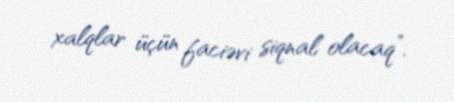
xalqlar üçün faciəvi siqnal olacaq”.